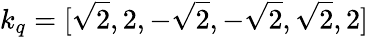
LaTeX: k_{q}=[\sqrt{2},2,-\sqrt{2},-\sqrt{2},\sqrt{2},2]